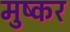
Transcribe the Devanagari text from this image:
मुष्कर